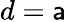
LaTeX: d=\mathsf{a}